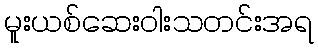
မူးယစ်ဆေးဝါးသတင်းအရ